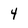
Character: 4